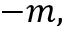
- m ,